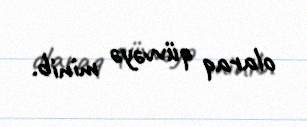
olaraq qüvvəyə minib.